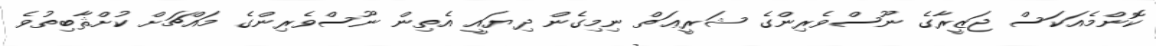
ކޮންމެއަކަސް ޖަޒީރާގެ ނޫސްވެރިންގެ ޝަރީޢަތް ނިމިގެން ދިޔައީ އެތިން ނޫސްވެރިންގެ މައްޗަށް ކުށްޘާބިތުވެ